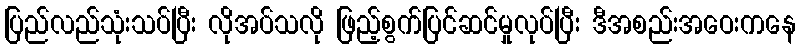
ပြည်လည်သုံးသပ်ပြီး လိုအပ်သလို ဖြည့်စွက်ပြင်ဆင်မှုလုပ်ပြီး ဒီအစည်းအဝေးကနေ